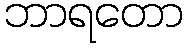
ဘာရတော